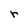
Character: r